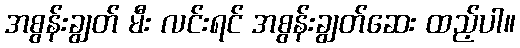
အစွန်းချွတ် မီး လင်းရင် အစွန်းချွတ်ဆေး ထည့်ပါ။